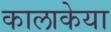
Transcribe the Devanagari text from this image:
कालाकेया